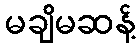
မချိမဆန့်